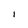
Character: I